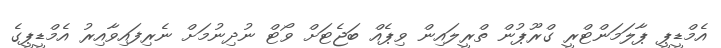
އެމްޑީޕީ ޕާލަމަންޓްރީ ގްރޫޕުން ތްރީލައިން ވިޕެއް ބަޖެޓަށް ވޯޓް ނުދިނުމަށް ނެރިފައިވާއިރު އެމްޑީޕީގެ